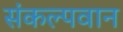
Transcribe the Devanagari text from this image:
संकल्पवान